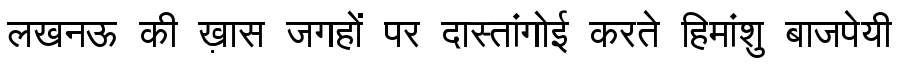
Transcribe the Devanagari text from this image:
लखनऊ की ख़ास जगहों पर दास्तांगोई करते हिमांशु बाजपेयी